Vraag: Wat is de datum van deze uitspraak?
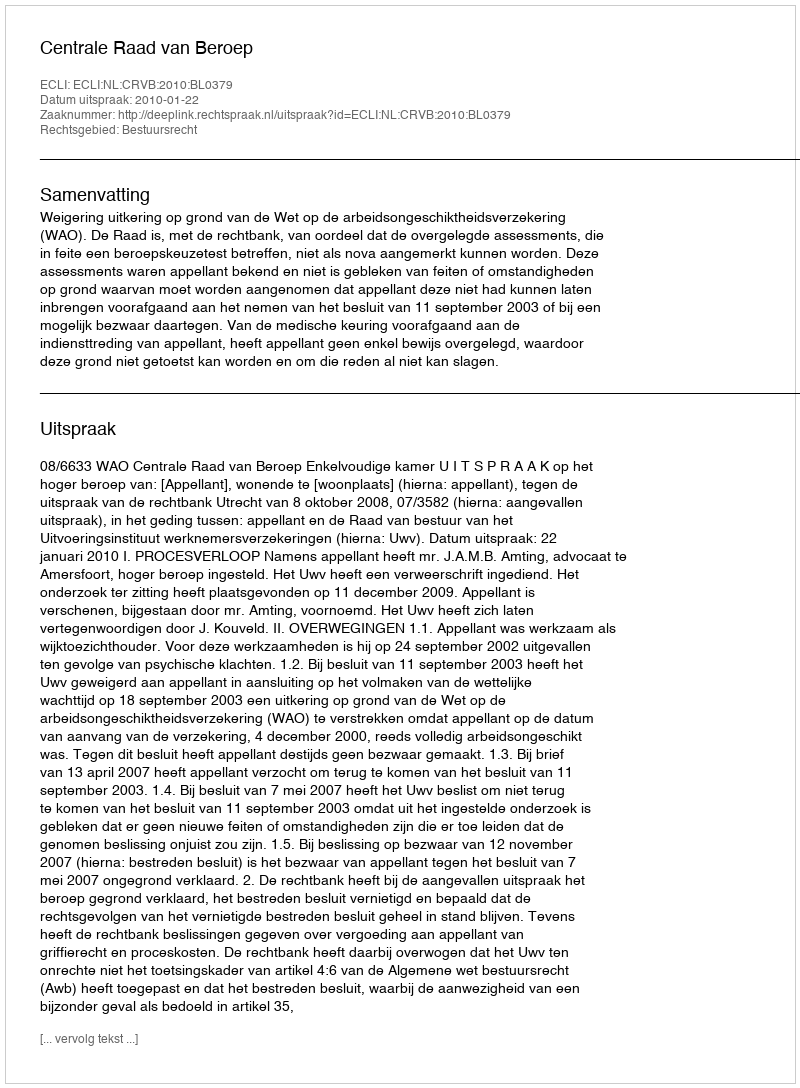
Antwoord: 2010-01-22